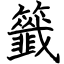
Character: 籤